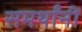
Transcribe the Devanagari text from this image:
समर्थांनीं